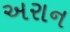
અરાન